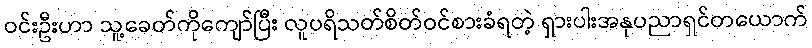
ဝင်းဦးဟာ သူ့ခေတ်ကိုကျော်ပြီး လူပရိသတ်စိတ်ဝင်စားခံရတဲ့ ရှားပါးအနုပညာရှင်တယောက်